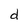
Character: d